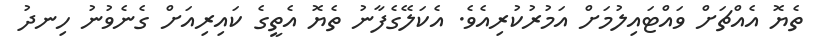
ތެޔޮ އެއްޗަށް ވައްޓައިލުމަށް އަމުރުކުރިއެެވެ. އެކަލޭގެފާނު ތެޔޮ އެތީގެ ކައިރިއަށް ގެނެވުނު ހިނދު